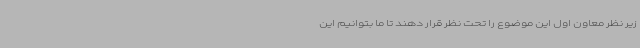
زیر نظر معاون اول این موضوع را تحت نظر قرار دهند تا ما بتوانیم این